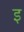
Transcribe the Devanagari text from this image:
इ